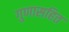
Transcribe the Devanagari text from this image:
गुणासहित